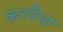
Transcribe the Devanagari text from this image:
करगैना